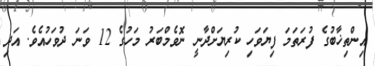
އިންތިޚާބުގެ ފުރަތަމަ ފިޔަވަހި ކުރިޔަށްދާނީ ނޮވެމްބަރު މަހުގެ 12 ވަނަ ދުވަހުއެވެ. އަދި